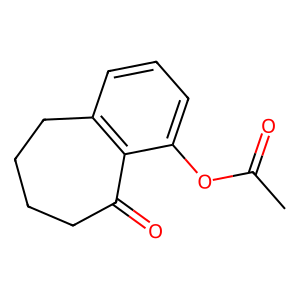
SMILES: CC(=O)Oc1cccc2c1C(=O)CCCC2
Inhibits HIV replication: No